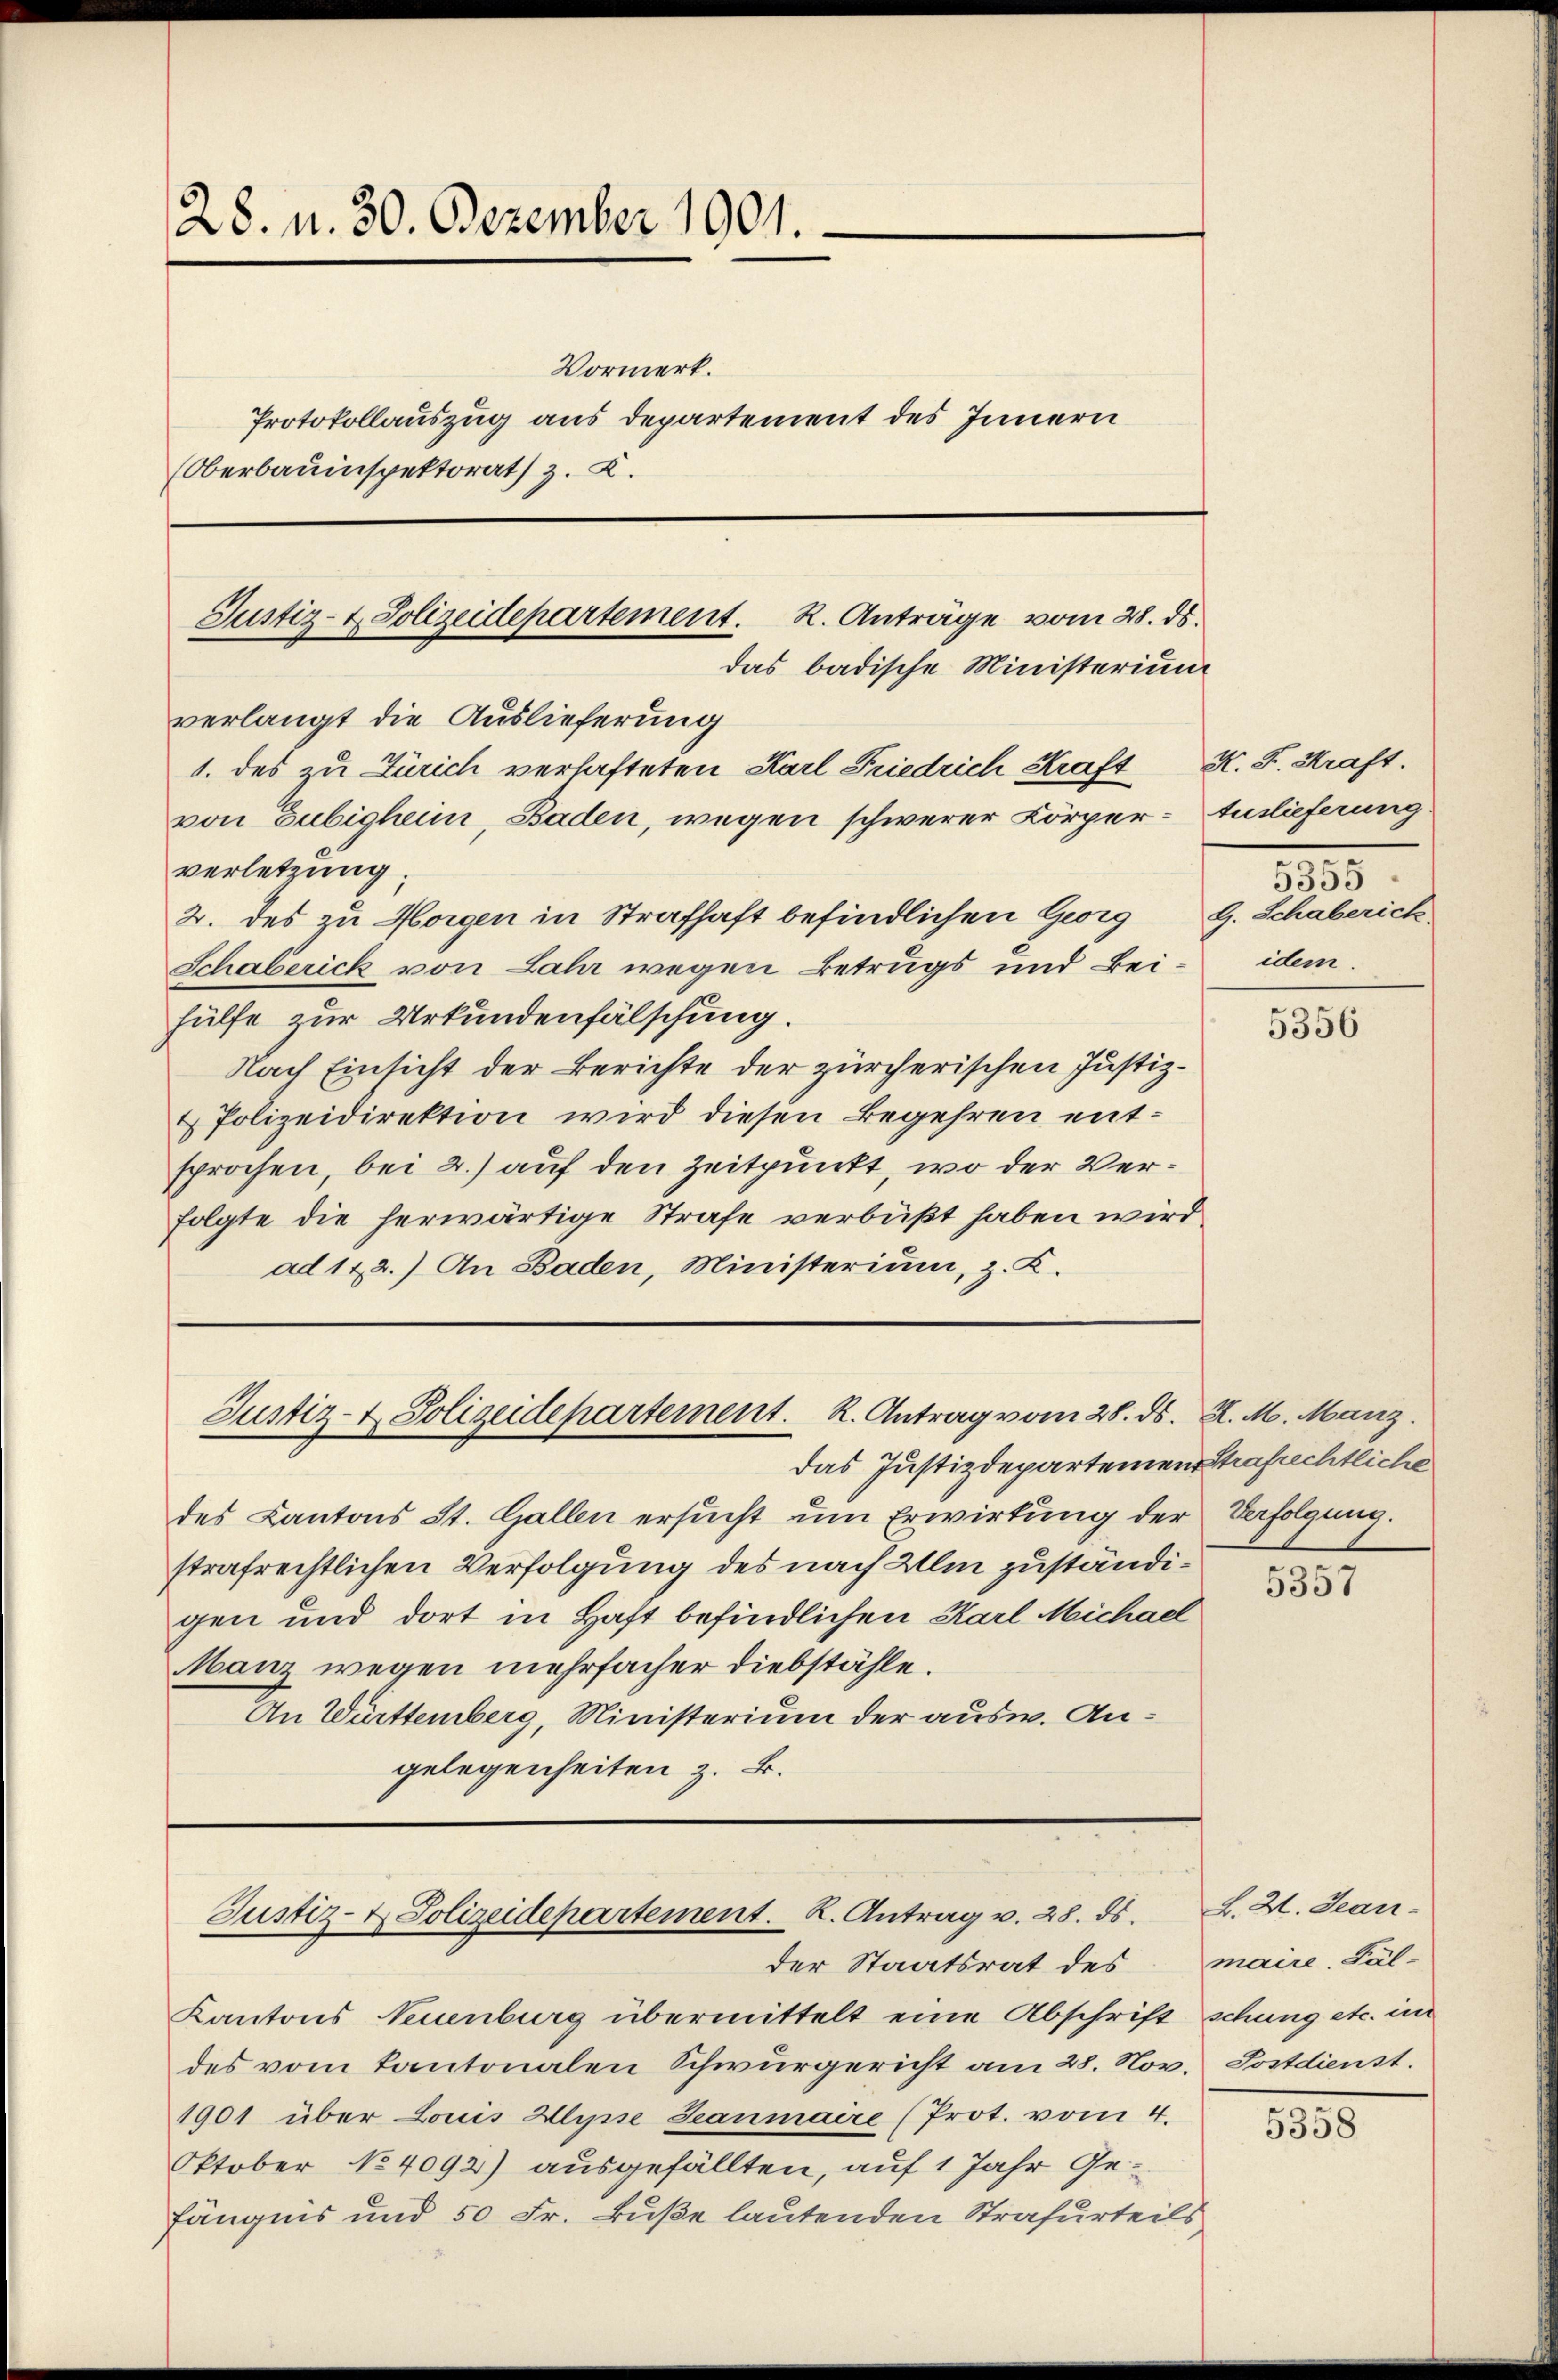
28. v. 30. Dezember 1901.
Vormerk.
Protokollauszug aus Departement des Innern
Oberbauinspektorat z. K.

Justiz- & Polizeidepartement. K. Anträge vom 28. ds.
das badische Ministerium
verlangt die Auslieferung
1. des zu Zürich verhafteten Karl Friedrich Kraft
von Gubigheim, Baden, wegen schwerer Körper-Anlieferung
verletzung.
2. des zu Horgen in Strafhaft befindlichen Georg G. Schaberich,

Justiz- & Polizeidepartement. K. Antrag vom 28. ds. Z. M. Manz.

Justiz- & Polizeidepartement. K. Antrag v. 28. ds.

Schaberick von Lahr wegen Betrugs und Beihülfe zur Urkundenfälschung.
Nach Einsicht der Berichte der zürcherischen Justiz¬
& Polizeidirektion wird diesen Begehren entsprochen, bei 2.) auf den Zeitpunkt, wo der Verfolgte die herwärtige Strafe verbüßt haben wird,
ad 122.) An Baden, Ministerium, z. K.

das Justizdeparteien Strafrechtliche
des Kantons St. Gallen ersucht um Erwirkung der Verfolgung.
strafrechtlichen Verfolgung des nach Ulm zuständigen und dort in Haft befindlichen Karl Michael
Manz wegen mehrfacher diebstähle.
An Württemberg, Ministerium der ausw. Angelegenheiten z. B.

der Staatsrat des
Kantons Neuenburg übermittelt eine Abschrift schung etc. im
des vom Kantonalen Schwurgericht am 28. Nov. Postdienst.
1901 über Louis Hlyse Jeanmaire (Prot. vom 4.
Oktober No 4092) ausgefällten, auf 1 Jahr Gefängnis und 50 Fr. Buße lautenden Strafurteils

N. F. Kraft.
5355
idem.

5356

5357

L. Zt. Jean-
maire. Fal¬

135